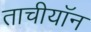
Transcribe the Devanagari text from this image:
ताचीयॉन